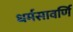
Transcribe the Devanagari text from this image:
धर्मसावर्णि